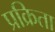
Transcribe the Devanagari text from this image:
प्रक्रिता